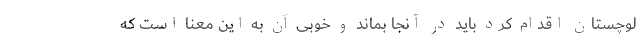
لوچستان اقدام کرد باید در آنجا بماند و خوبی آن به این معنا است که